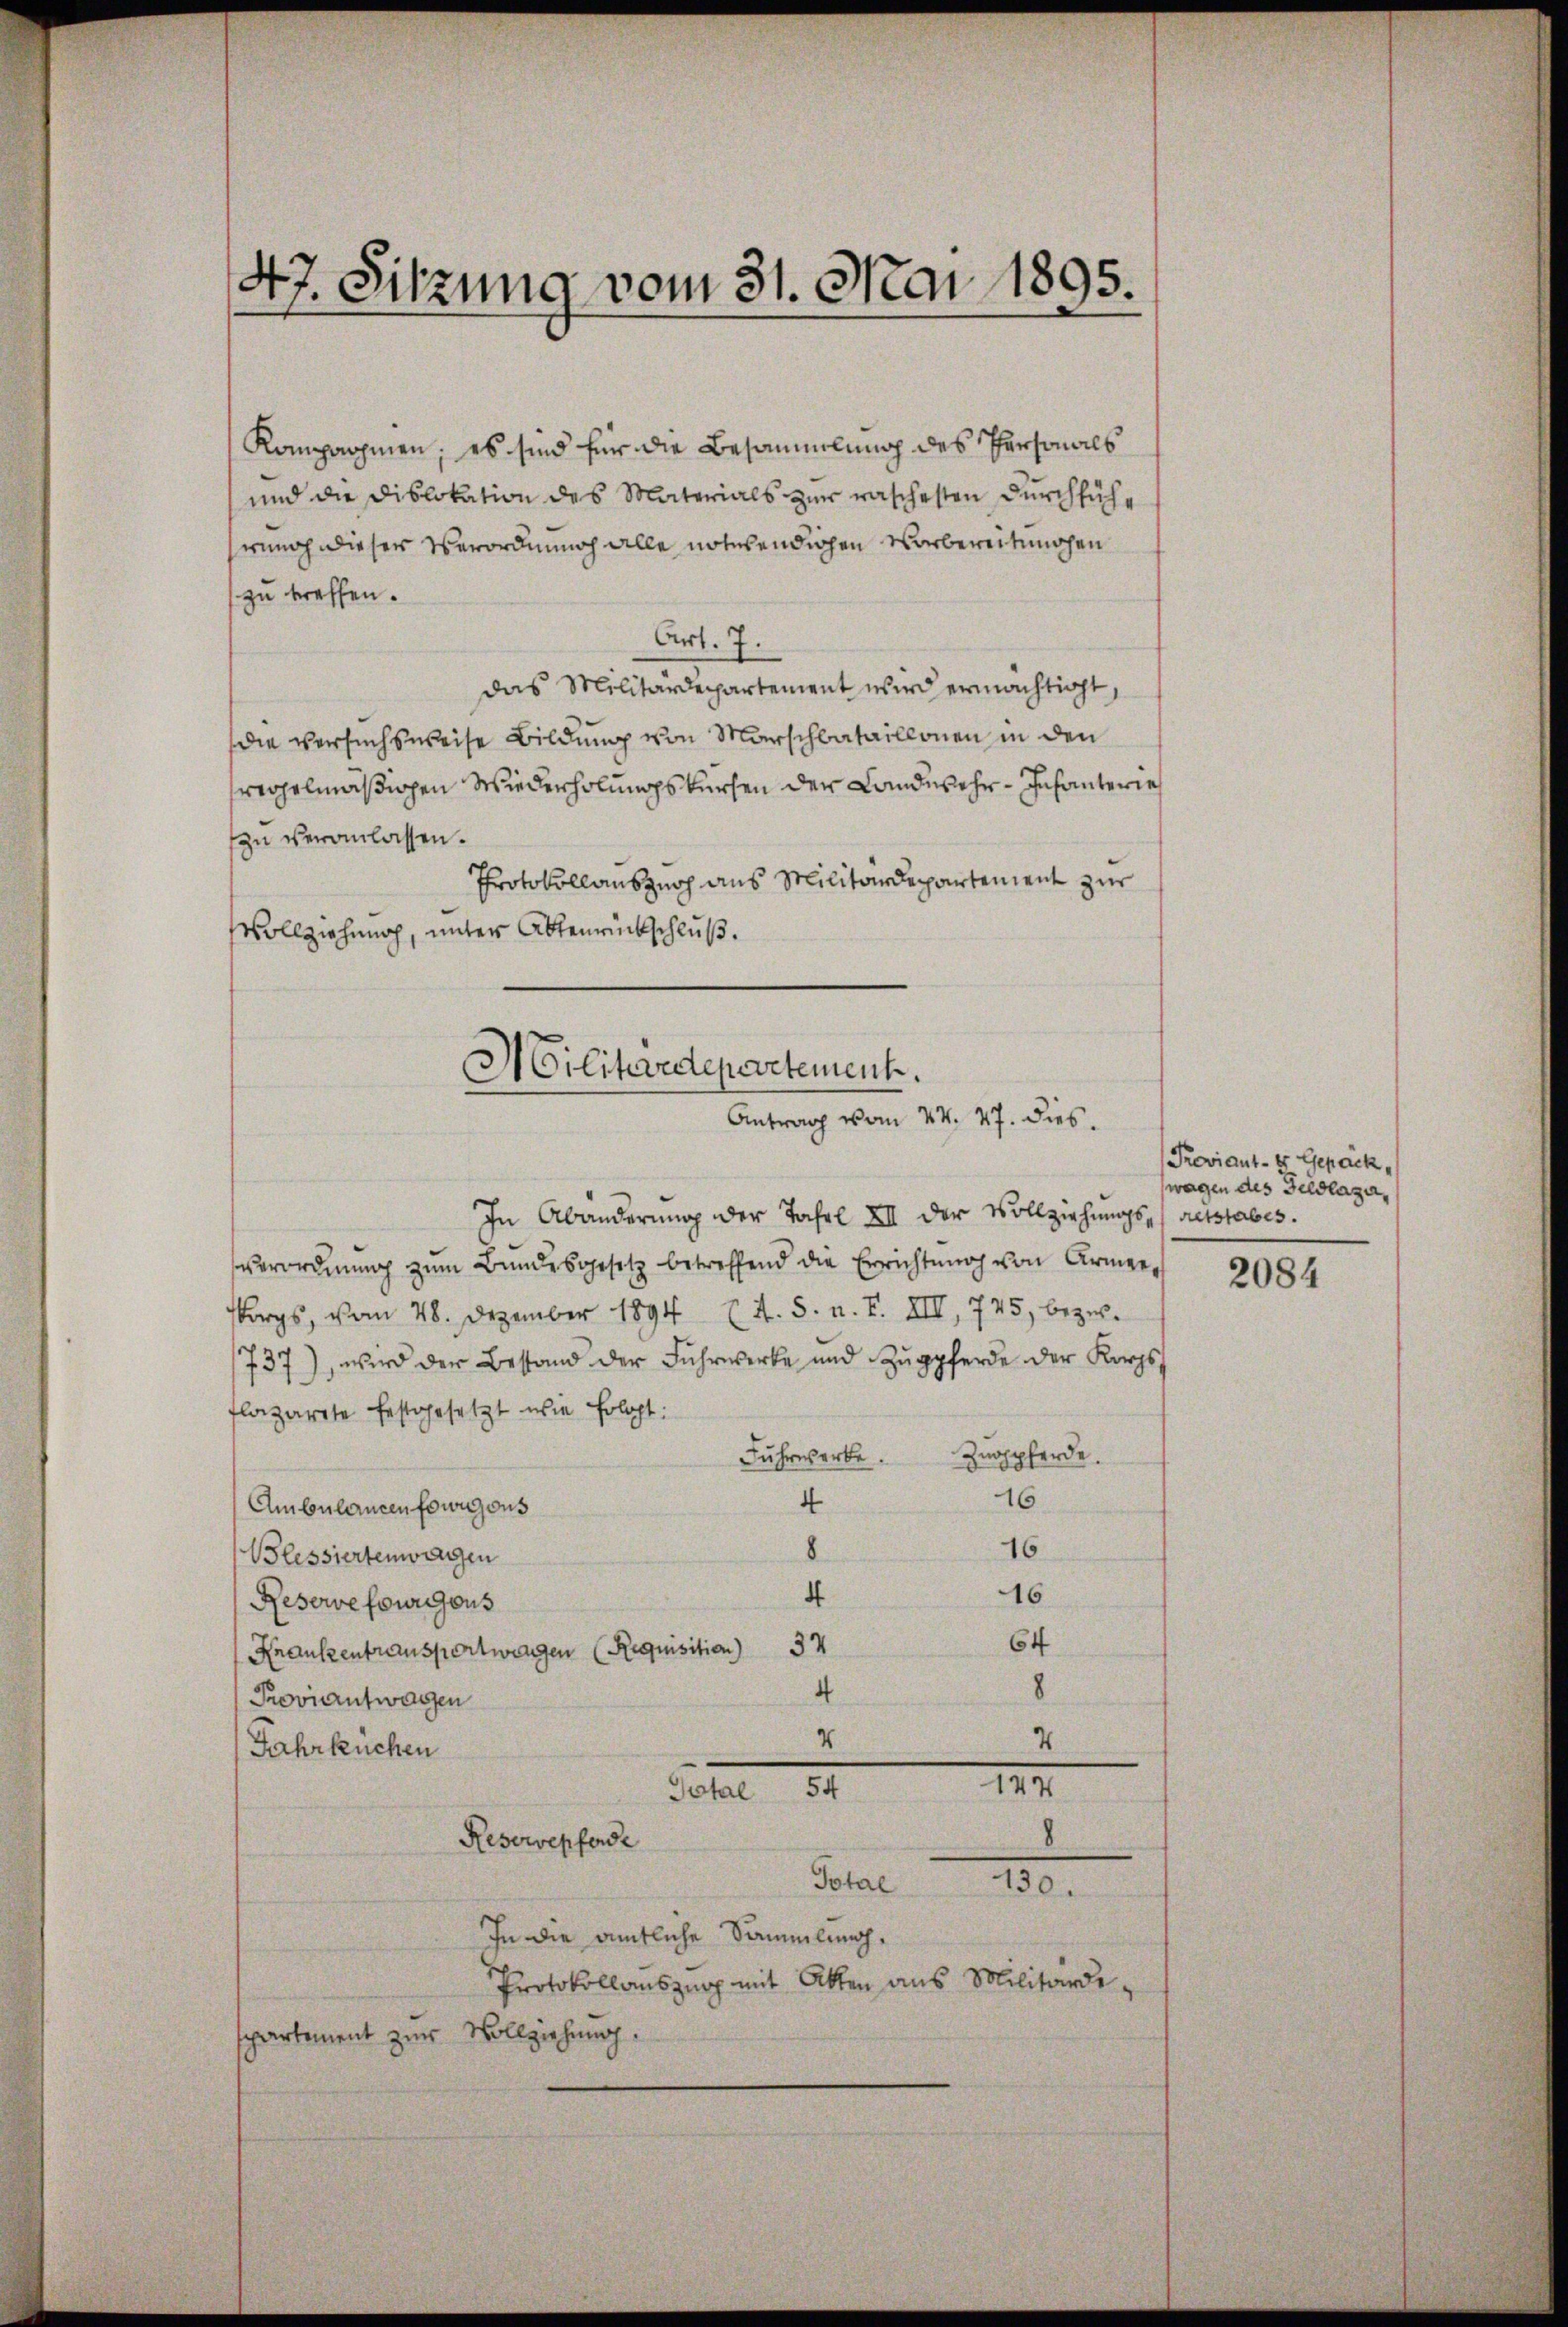
47. Sitzung vom 31. Mai 1895.

Kompanien, es sind für die Besammlung des Personals
und die Dislokation des Materials zur raschesten Durchfühennoch dieser Verordnung alle notwendigen Vorbereitunohen
zu treffen.
Art. 7.
das Militärdepartement wird ermächtigt,
(die Versuchsweise Bildung von Marschbataillonen in den
fregelmäßigen Wiederholungskursen der Landwehr-Infanterie
zu veranlassen.
Protokollauszug aus Militärdepartement zur
Vollziehung, unter Aktenrückschluß.

Militeredepartement.
Antrag vom 24. 47. dies

In Abänderung der Jahrl XII der Vollziehungs- restabes.
verordnŭng zŭm Bŭndesgesetz betreffend die Errichtŭng von Armee-
orgs, vom 28. Dezember 1894 (4. 5. n. F. XIII 775, bezir¬
737), wird der Bestand der Fuhrwerke und Zŭgpferde der Korps
flazarete festgesetzt wie folgt:
Zugpferde.
Fuhrwerbe.
16
4
Ambulancen fouigons
16
8
Blessiertenwagen
16
4
Reservefourgous
64
37
Krauszentransportwangen (Requisition)
8
4
Proviautwagen
4
4
Jahrkuchen
IIII.
Total 54
Reservepferde
Total
150.
In die amtliche Sammlung,
Protokollauszug mit Akten aus Militärdispartement zur Vollziehung.

Proviant- u Gepäck.
wagen des Geldlaza¬

2084